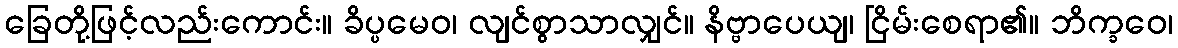
ခြေတို့ဖြင့်လည်းကောင်း။ ခိပ္ပမေဝ၊ လျင်စွာသာလျှင်။ နိဗ္ဗာပေယျ၊ ငြိမ်းစေရာ၏။ ဘိက္ခဝေ၊